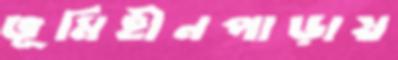
ভূমিহীনপাড়ায়